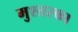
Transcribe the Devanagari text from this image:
मुश्तरका